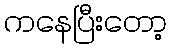
ကနေပြီးတော့